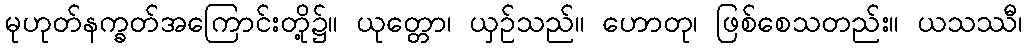
မုဟုတ်နက္ခတ်အကြောင်းတို့၌။ ယုတ္တော၊ ယှဉ်သည်။ ဟောတု၊ ဖြစ်စေသတည်း။ ယသဿီ၊